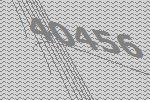
40456